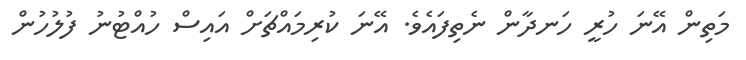
މަތިން އޭނަ ހުރީ ހަނދާން ނެތިފައެވެ. އޭނަ ކުރިމައްޗަށް އައިސް ހުއްޓުނު ފުލުހުން